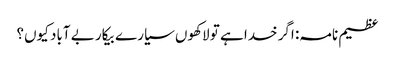
عظیم نامہ: اگر خدا ہے تو لاکھوں سیارے بیکار بے آباد کیوں؟